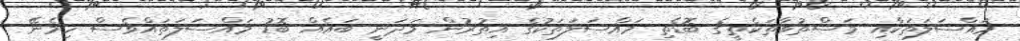
މައްސަލަތަކާއި މަސްތުވާތަކެތީގެ ބޮޑެތި މައްސަލަތަކުގެ އިތުރުން މަދަނީ ބައެއް ބޮޑު މައްސަލަތައްވެސް ހިމެނޭ